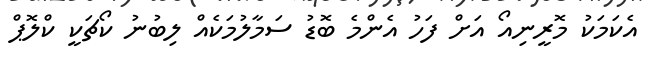
އެކަމަކު މޮރީނިއޯ އަށް ފަހު އެންމެ ބޮޑު ސަމާލުމަކެއް ލިބުނު ކޯޗަކީ ކްލޮޕް